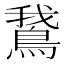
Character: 鵞